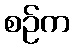
စဉ်က